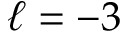
\ell = - 3